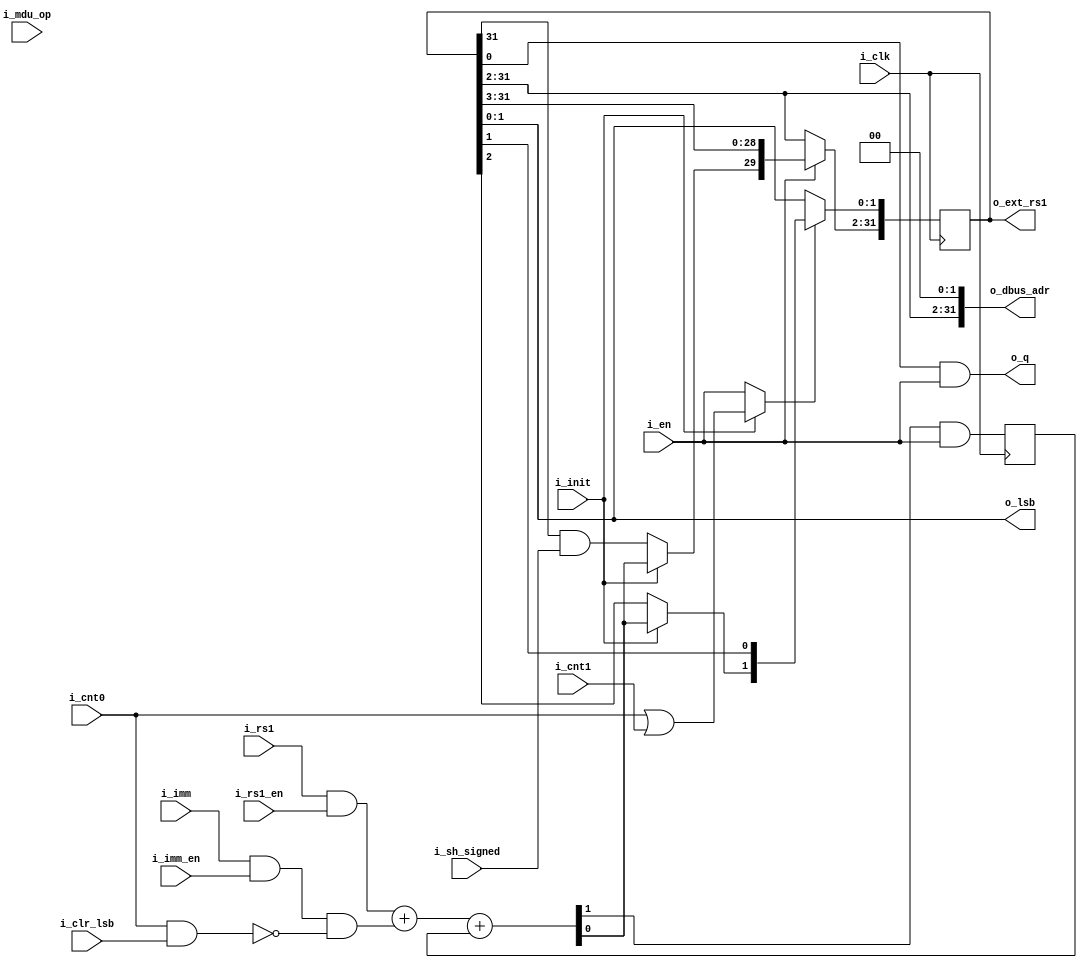
// This program was cloned from: https://github.com/olofk/serv
// License: ISC License

module serv_bufreg #(
      parameter [0:0] MDU = 0,
      parameter W = 1,
      parameter B = W-1
)(
   input wire 	      i_clk,
   //State
   input wire 	      i_cnt0,
   input wire 	      i_cnt1,
   input wire 	      i_en,
   input wire 	      i_init,
   input wire           i_mdu_op,
   output wire [1:0]    o_lsb,
   //Control
   input wire 	      i_rs1_en,
   input wire 	      i_imm_en,
   input wire 	      i_clr_lsb,
   input wire 	      i_sh_signed,
   //Data
   input wire [B:0] i_rs1,
   input wire [B:0] i_imm,
   output wire [B:0] o_q,
   //External
   output wire [31:0] o_dbus_adr,
   //Extension
   output wire [31:0] o_ext_rs1);

   wire		      c;
   wire [B:0]	      q;
   reg [B:0]	      c_r;
   reg [31:0]	      data;
   wire [B:0]	      clr_lsb;

   assign clr_lsb[0] = i_cnt0 & i_clr_lsb;

   assign {c,q} = {1'b0,(i_rs1 & {W{i_rs1_en}})} + {1'b0,(i_imm & {W{i_imm_en}} & ~clr_lsb)} + c_r;

   always @(posedge i_clk) begin
      //Make sure carry is cleared before loading new data
      c_r    <= {W{1'b0}};
      c_r[0] <= c & i_en;
   end

   reg [1:0] lsb;

   generate
      if (W == 1) begin : gen_w_eq_1
	 always @(posedge i_clk) begin
	    if (i_en)
	      data[31:2] <= {i_init ? q : {W{data[31] & i_sh_signed}}, data[31:3]};

	    if (i_init ? (i_cnt0 | i_cnt1) : i_en)
	      data[1:0] <= {i_init ? q : data[2], data[1]};
	 end
	 always @(*) lsb = data[1:0];
	 assign o_q = data[0] & {W{i_en}};
      end
   endgenerate


   assign o_dbus_adr = {data[31:2], 2'b00};
   assign o_ext_rs1  = data;
   assign o_lsb = (MDU & i_mdu_op) ? 2'b00 : lsb;

endmodule